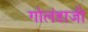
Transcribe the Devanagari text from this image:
गोलंडाजी